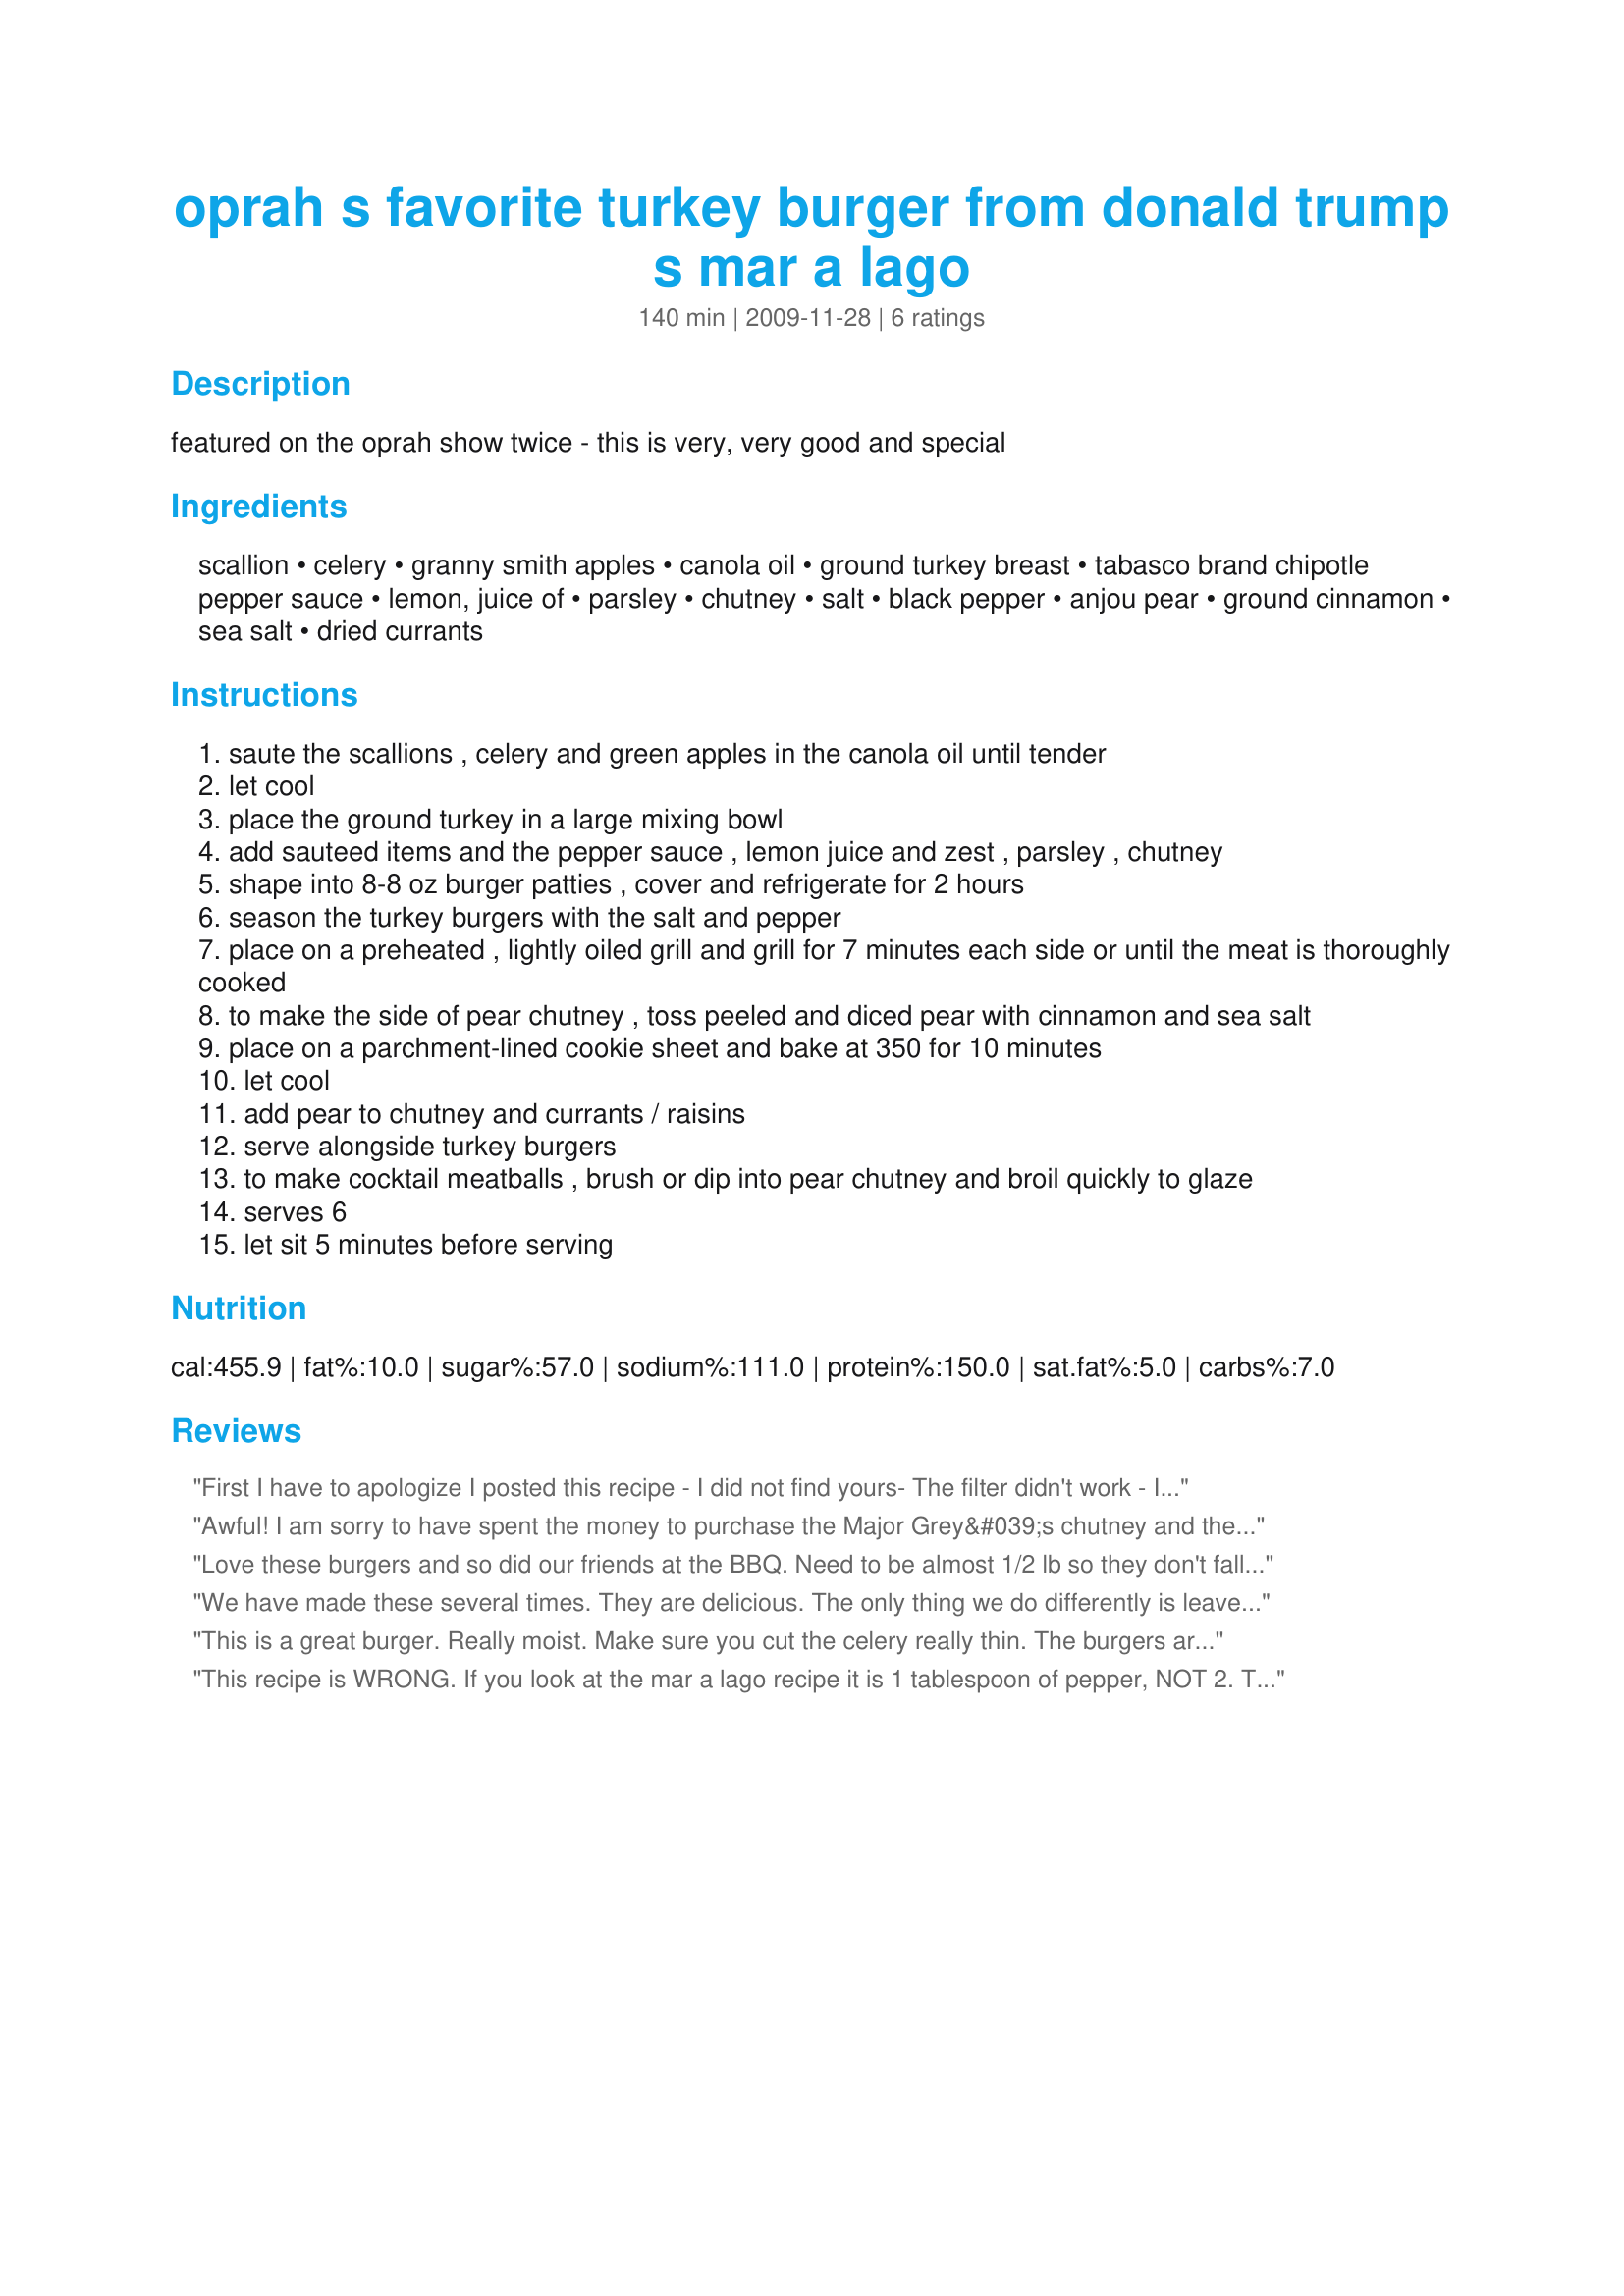
oprah s favorite turkey burger from donald trump s mar a lago
Preparation time: 140 minutes

featured on the oprah show twice - this is very, very good and special

Ingredients:
scallion, celery, granny smith apples, canola oil, ground turkey breast, tabasco brand chipotle pepper sauce, lemon, juice of, parsley, chutney, salt, black pepper, anjou pear, ground cinnamon, sea salt, dried currants

Steps:
saute the scallions , celery and green apples in the canola oil until tender
let cool
place the ground turkey in a large mixing bowl
add sauteed items and the pepper sauce , lemon juice and zest , parsley , chutney
shape into 8-8 oz burger patties , cover and refrigerate for 2 hours
season the turkey burgers with the salt and pepper
place on a preheated , lightly oiled grill and grill for 7 minutes each side or until the meat is thoroughly cooked
to make the side of pear chutney , toss peeled and diced pear with cinnamon and sea salt
place on a parchment-lined cookie sheet and bake at 350 for 10 minutes
let cool
add pear to chutney and currants / raisins
serve alongside turkey burgers
to make cocktail meatballs , brush or dip into pear chutney and broil quickly to glaze
serves 6
let sit 5 minutes before serving

Reviews:
First I have to apologize I posted this recipe - I did not find yours- The filter didn't work - I will ask to have mine removed. Loved the recipe. One of the best turkey burgers that I have had. I used my mini shopper for the apples & Celery & I used Shallots instead of scallions. For the hot sauce I used Mama Zulu's Hot African sauce. MMmm is all I can say.
Awful! I am sorry to have spent the money to purchase the Major Grey&#039;s chutney and the chipotle tobasco. This is spicy which is fine - but the taste combo is disgusting. Spicy, sweet, salty and very fake tasting. I fried one burger and threw out the rest. Thank goodness I cut the recipe down since I had only 1.3 pounds of turkey.
Love these burgers and so did our friends at the BBQ. Need to be almost 1/2 lb so they don't fall apart, and better to grill first side on foil. Food processor helps shorten food prep time.
We have made these several times. They are delicious. The only thing we do differently is leave off the chutney (don&#039;t usually have on hand) added garlic (LOVE GARLIC) and only made 4 oz burgers (couldn&#039;t even begin to eat 8oz) These are a delicious alternative to beef (which we RARELY eat). Thanks for posting.... now I don&#039;t need to do a google search everytime I want to make these. Thanks again!
This is a great burger. Really moist. Make sure you cut the celery really thin. The burgers are great on there own.
This recipe is WRONG. If you look at the mar a lago recipe it is 1 tablespoon of pepper, NOT 2. That makes the pepper way too overpowering. Only 1 Tb pepper and its an awesome recipe.
